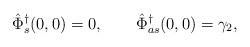
\begin{align*} \hat \Phi^\dagger_s(0,0)=0, \qquad\hat \Phi^\dagger_{as}(0,0) = \gamma_2,\end{align*}